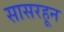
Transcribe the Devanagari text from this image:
सासरहून